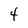
Character: 4